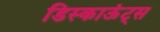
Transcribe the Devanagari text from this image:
डिस्काऊंट्स